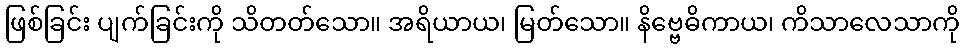
ဖြစ်ခြင်း ပျက်ခြင်းကို သိတတ်သော။ အရိယာယ၊ မြတ်သော။ နိဗ္ဗေဓိကာယ၊ ကိသာလေသာကို